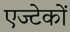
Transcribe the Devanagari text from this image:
एज्टेकों